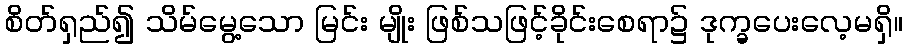
စိတ်ရှည်၍ သိမ်မွေ့သော မြင်း မျိုး ဖြစ်သဖြင့်ခိုင်းစေရာ၌ ဒုက္ခပေးလေ့မရှိ။